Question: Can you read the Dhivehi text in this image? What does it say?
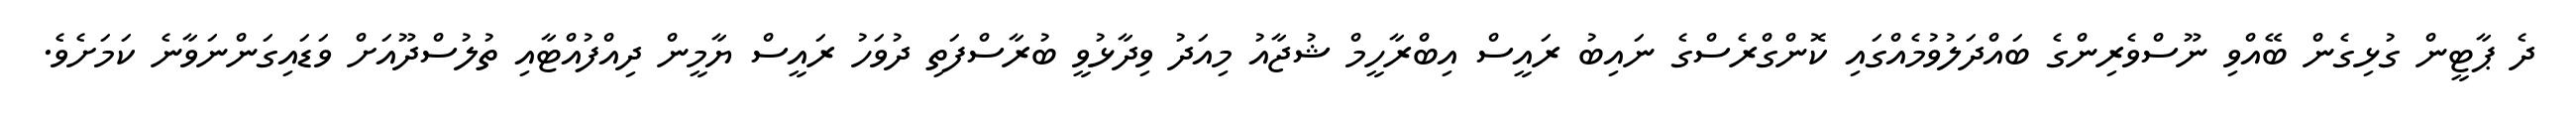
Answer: ދެ ޕާޓީން ގުޅިގެން ބޭއްވި ނޫސްވެރިންގެ ބައްދަލުވުމެއްގައި ކޮންގްރެސްގެ ނައިބު ރައީސް އިބްރާހީމް ޝުޖާއު މިއަދު ވިދާޅުވީ ބުރާސްފަތި ދުވަހު ރައީސް ޔާމީން ދިއްފުއްޓާއި ތުލުސްދޫއަށް ވަޑައިގަންނަވާނެ ކަމަށެވެ.